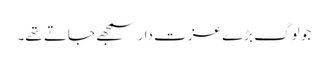
جو لوگ بڑے عزت دار سمجھے جاتے تھے۔